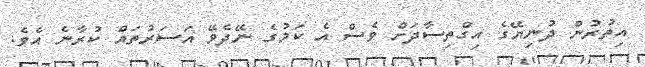
އިތުރުން ދުނިޔޭގެ އިގްތިސާދަށް ވެސް އެ ކަމުގެ ނޭދެވޭ އަސަރުތައް ކުރާނެ އެވެ.